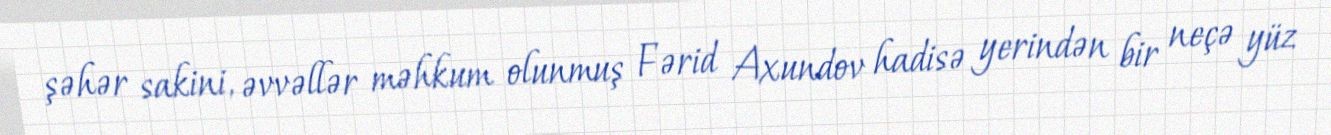
şəhər sakini, əvvəllər məhkum olunmuş Fərid Axundov hadisə yerindən bir neçə yüz